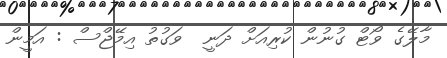
މާލޭގެ ވޯޓް ގުނުން ކުރިއަށް ދަނީ  ވަގުތު އިމޭޖްސް : އަމީން